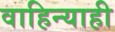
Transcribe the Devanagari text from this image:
वाहिन्याही